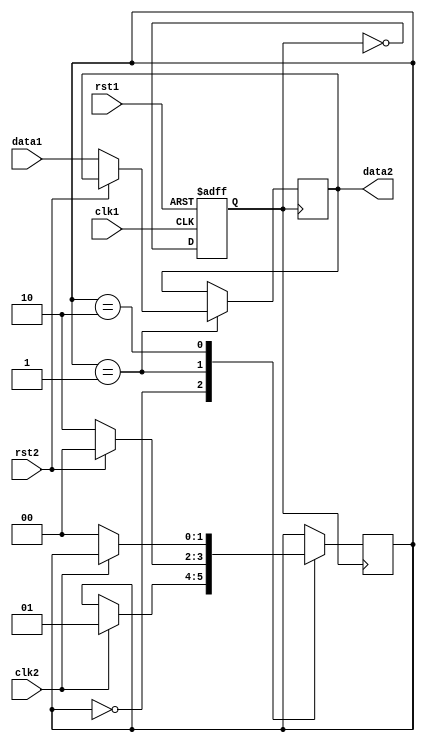
module synchronizer (
    input wire clk1,
    input wire rst1,
    input wire data1,
    
    input wire clk2,
    input wire rst2,
    
    output reg data2
);

reg synced_clk1;
reg [1:0] state;

always @(posedge clk1 or posedge rst1) begin
    if (rst1) begin
        synced_clk1 <= 1'b0;
    end else begin
        synced_clk1 <= ~synced_clk1;
    end
end

always @(posedge synced_clk1) begin
    case (state)
        2'b00: begin // Wait for both clocks to be aligned
            if (clk2) begin
                state <= 2'b01;
            end
        end
        2'b01: begin // Handshake logic
            if (rst2) begin
                state <= 2'b00;
            end else begin
                data2 <= data1;
                state <= 2'b10;
            end
        end
        2'b10: begin // Wait for data exchange to complete
            if (~clk2) begin
                state <= 2'b00;
            end
        end
    endcase
end

endmodule